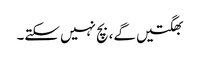
بھگتیں گے، بچ نہیں سکتے۔